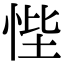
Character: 悂